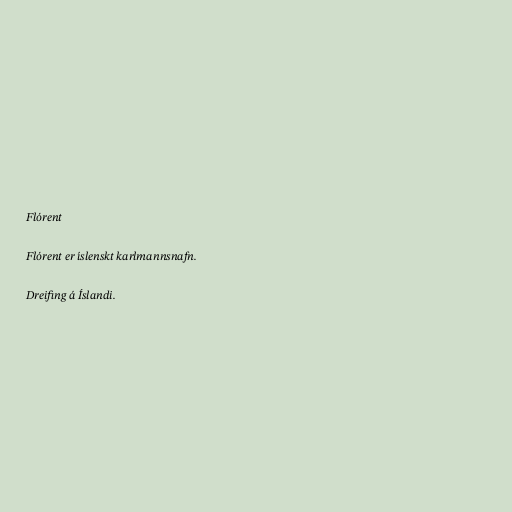
Flórent

Flórent er íslenskt karlmannsnafn.

Dreifing á Íslandi.